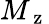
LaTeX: M_{\mathrm{~z~}}